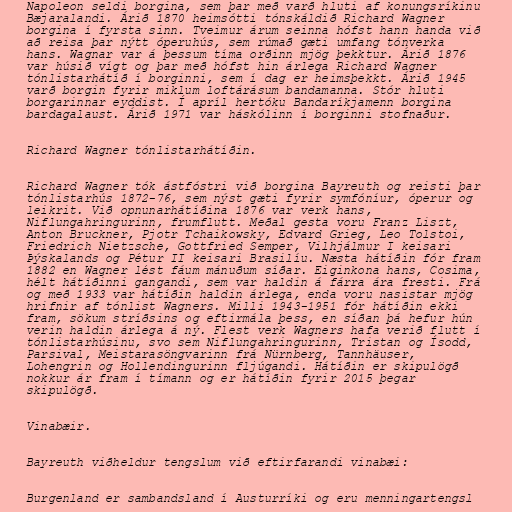
Napoleon seldi borgina, sem þar með varð hluti af konungsríkinu
Bæjaralandi. Árið 1870 heimsótti tónskáldið Richard Wagner
borgina í fyrsta sinn. Tveimur árum seinna hófst hann handa við
að reisa þar nýtt óperuhús, sem rúmað gæti umfang tónverka
hans. Wagnar var á þessum tíma orðinn mjög þekktur. Árið 1876
var húsið vígt og þar með hófst hin árlega Richard Wagner
tónlistarhátíð í borginni, sem í dag er heimsþekkt. Árið 1945
varð borgin fyrir miklum loftárásum bandamanna. Stór hluti
borgarinnar eyddist. Í apríl hertóku Bandaríkjamenn borgina
bardagalaust. Árið 1971 var háskólinn í borginni stofnaður.

Richard Wagner tónlistarhátíðin.

Richard Wagner tók ástfóstri við borgina Bayreuth og reisti þar
tónlistarhús 1872-76, sem nýst gæti fyrir symfóníur, óperur og
leikrit. Við opnunarhátíðina 1876 var verk hans,
Niflungahringurinn, frumflutt. Meðal gesta voru Franz Liszt,
Anton Bruckner, Pjotr Tchaikowsky, Edvard Grieg, Leo Tolstoi,
Friedrich Nietzsche, Gottfried Semper, Vilhjálmur I keisari
Þýskalands og Pétur II keisari Brasilíu. Næsta hátíðin fór fram
1882 en Wagner lést fáum mánuðum síðar. Eiginkona hans, Cosima,
hélt hátíðinni gangandi, sem var haldin á fárra ára fresti. Frá
og með 1933 var hátíðin haldin árlega, enda voru nasistar mjög
hrifnir af tónlist Wagners. Milli 1943-1951 fór hátíðin ekki
fram, sökum stríðsins og eftirmála þess, en síðan þá hefur hún
verin haldin árlega á ný. Flest verk Wagners hafa verið flutt í
tónlistarhúsinu, svo sem Niflungahringurinn, Tristan og Ísodd,
Parsival, Meistarasöngvarinn frá Nürnberg, Tannhäuser,
Lohengrin og Hollendingurinn fljúgandi. Hátíðin er skipulögð
nokkur ár fram í tímann og er hátíðin fyrir 2015 þegar
skipulögð.

Vinabæir.

Bayreuth viðheldur tengslum við eftirfarandi vinabæi:

Burgenland er sambandsland í Austurríki og eru menningartengsl